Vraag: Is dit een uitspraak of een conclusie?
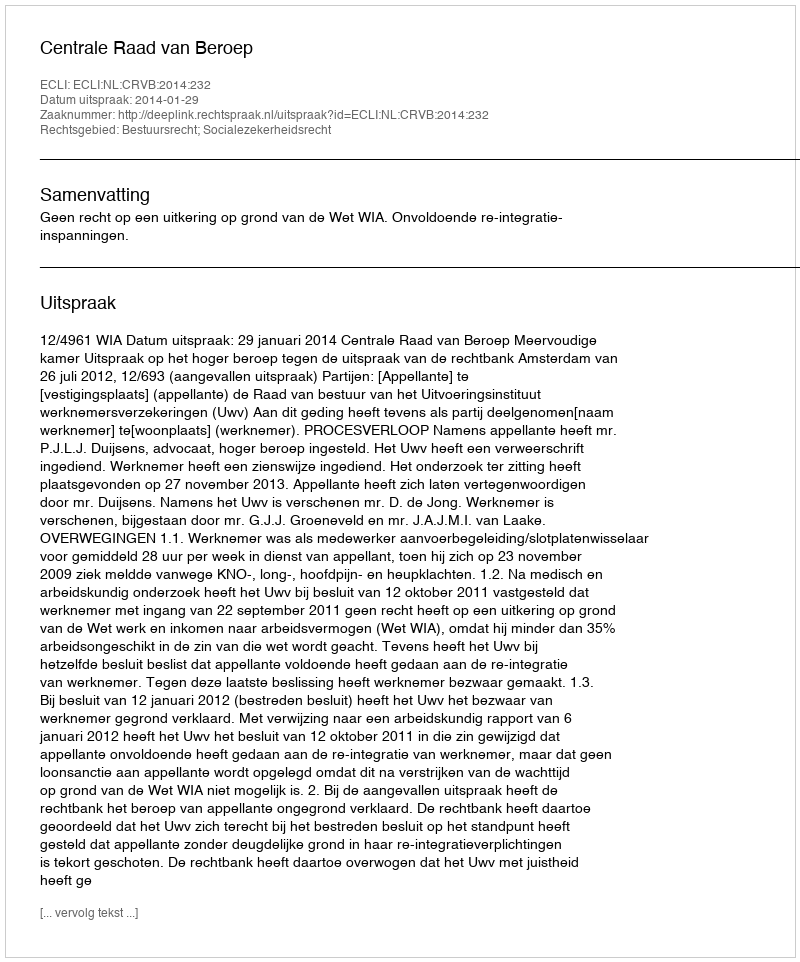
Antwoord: Uitspraak